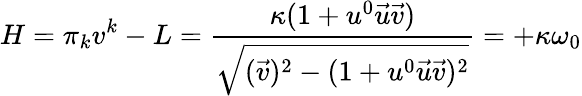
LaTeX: H=\pi_{k}v^{k}-L=\frac{\kappa(1+u^{0}\vec{u}\vec{v})}{\sqrt{(\vec{v})^{2}-(1+u^{0}\vec{u}\vec{v})^{2}}}=+\kappa\omega_{0}